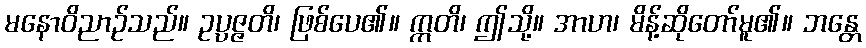
မနောဝိညာဉ်သည်။ ဥပ္ပဇ္ဇတိ၊ ဖြစ်ပေ၏။ ဣတိ၊ ဤသို့။ အာဟ၊ မိန့်ဆိုတော်မူ၏။ ဘန္တေ